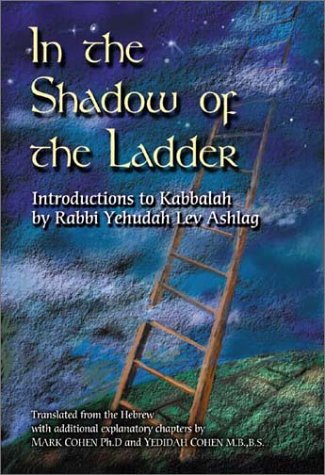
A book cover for In the Shadow of the Ladder: Introductions to Kabbalah; Rabbi Yehudah Lev Ashlag; Religion & Spirituality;